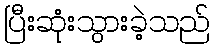
ပြီးဆုံးသွားခဲ့သည်